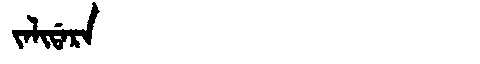
Manchu: ᠵᠠᠯᡳᡩᠠᡵᠠ
Romanization: JALIDARA